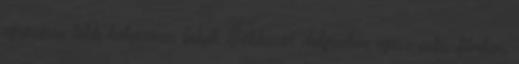
egyszerre több helyszínen folyik. Többször dolgoztam egész estés filmben,